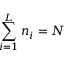
{ \sum _ { i = 1 } ^ { L } n _ { i } = N }